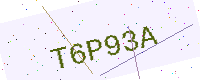
Text: T6P93A